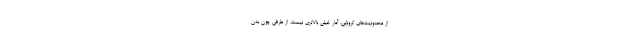
از محدودیت‌های کرونایی،‌ آمار خیلی بالاتری نیست. از طرفی چون بدن